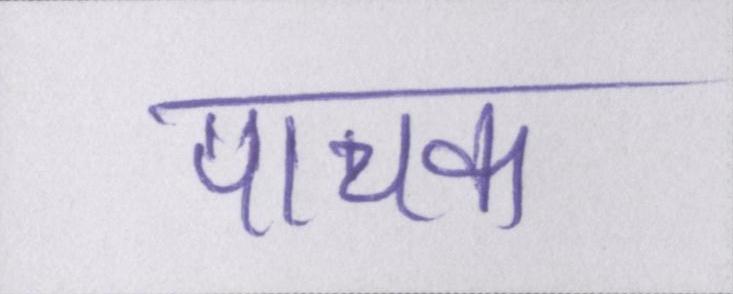
पाचक